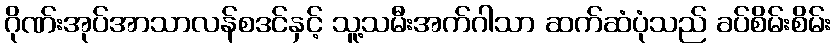
ဂိုဏ်းအုပ်အာသာလန်စဒင်နှင့် သူ့သမီးအက်ဂါသာ ဆက်ဆံပုံသည် ခပ်စိမ်းစိမ်း